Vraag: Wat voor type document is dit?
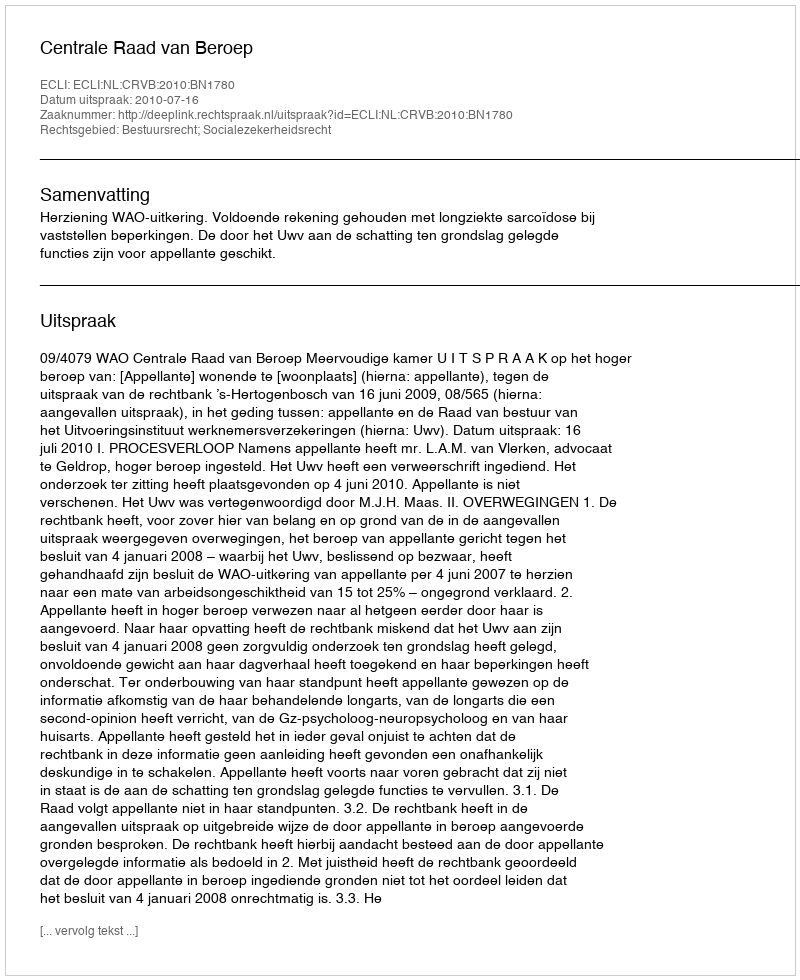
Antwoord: Uitspraak